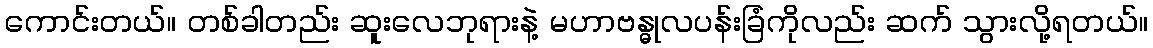
ကောင်းတယ်။ တစ်ခါတည်း ဆူးလေဘုရားနဲ့ မဟာဗန္ဓုလပန်းခြံကိုလည်း ဆက် သွားလို့ရတယ်။